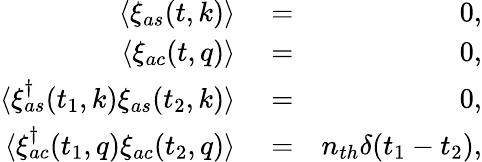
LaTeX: \begin{array}{rlr}{\langle\xi_{as}(t,k)\rangle}&{{}=}&{0,}\\ {\langle\xi_{ac}(t,q)\rangle}&{{}=}&{0,}\\ {\langle\xi_{as}^{\dagger}(t_{1},k)\xi_{as}(t_{2},k)\rangle}&{{}=}&{0,}\\ {\langle\xi_{ac}^{\dagger}(t_{1},q)\xi_{ac}(t_{2},q)\rangle}&{{}=}&{n_{th}\delta(t_{1}-t_{2}),}\end{array}